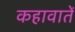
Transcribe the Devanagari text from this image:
कहावातें